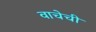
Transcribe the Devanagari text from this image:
वाचेची